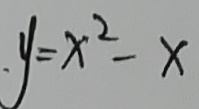
y = x ^ { 2 } - x